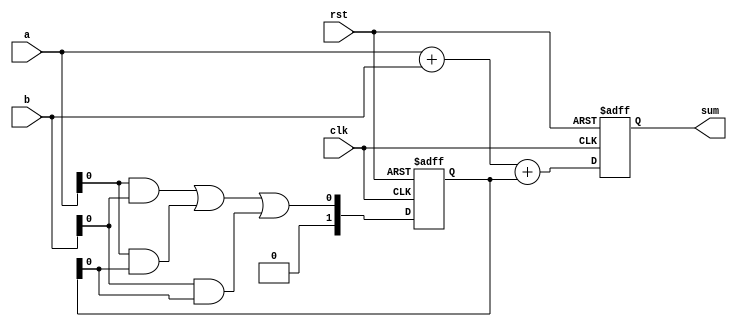
module carry_bypass_adder(
    input wire clk,
    input wire rst,
    input wire [7:0] a,
    input wire [7:0] b,
    output wire [8:0] sum
);

reg [8:0] sum_reg;
reg [1:0] carry;

always @(posedge clk or posedge rst) begin
    if (rst) begin
        sum_reg <= 0;
        carry <= 0;
    end else begin
        sum_reg <= a + b + carry;
        carry <= (a[0] & b[0]) | (a[0] & carry[0]) | (b[0] & carry[0]);
    end
end

assign sum = sum_reg;

endmodule